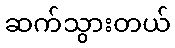
ဆက်သွားတယ်